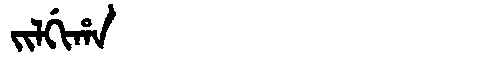
Manchu: ᠵᡳᠯᡤᡳᡥᠠ
Romanization: JILGIHA